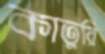
কাতুরি